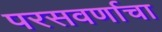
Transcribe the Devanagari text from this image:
परसवर्णाचा